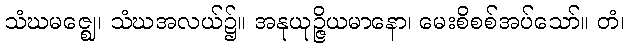
သံဃမဇ္ဈေ၊ သံဃအလယ်၌။ အနုယုဉ္ဇိယမာနော၊ မေးစိစစ်အပ်သော်။ တံ၊